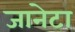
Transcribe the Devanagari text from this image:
जानेटा